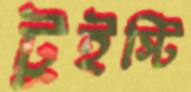
টুইস্টি